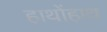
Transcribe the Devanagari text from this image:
हाथोंहाथ